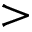
>